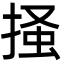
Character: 掻